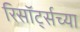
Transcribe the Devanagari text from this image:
रिसॉर्ट्सच्या